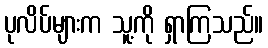
ပုလိပ်များက သူ့ကို ရှာကြသည်။